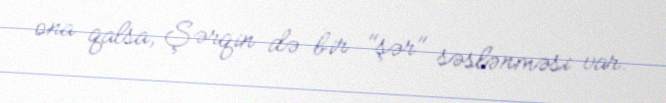
ona qalsa, Şərqin də bir "şər" səslənməsi var.